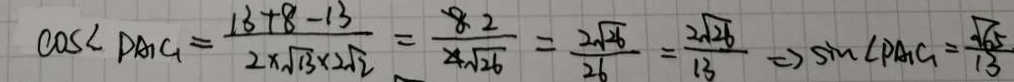
\cos \angle P A _ { 1 } C _ { 1 } = \frac { 1 3 + 8 + 1 3 } { 2 \times \sqrt { 1 3 } \times 2 \sqrt { 2 } } = \frac { 8 } { 4 \sqrt { 2 6 } } = \frac { 2 \sqrt { 2 6 } } { 2 6 } = \frac { 2 \sqrt { 2 6 } } { 1 3 } \Rightarrow \sin \angle P A _ { 1 } C _ { 1 } = \frac { \sqrt { 6 5 } } { 1 3 }